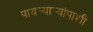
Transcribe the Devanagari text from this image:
पायर्‍यार्‍यांपाशी